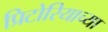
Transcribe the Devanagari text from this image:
प्रिटोरियाच्या